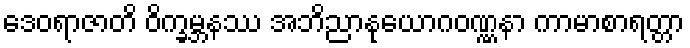
ဒေဝရာဇာတိ ဝိက္ခမ္ဘနဿ အဘိညာနုယောဂဝဏ္ဏနာ ကာမာစာရတ္တာ